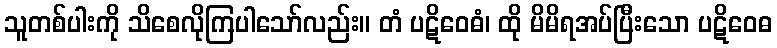
သူတစ်ပါးကို သိစေလိုကြပါသော်လည်း။ တံ ပဋိဝေဓံ၊ ထို မိမိရအပ်ပြီးသော ပဋိဝေဓ